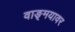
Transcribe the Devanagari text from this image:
वाङ्‌मयावर